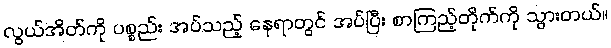
လွယ်အိတ်ကို ပစ္စည်း အပ်သည့် နေရာတွင် အပ်ပြီး စာကြည့်တိုက်ကို သွားတယ်။